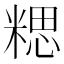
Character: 𥻏